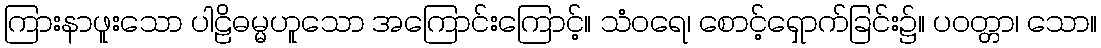
ကြားနာဖူးသော ပါဠိဓမ္မဟူသော အကြောင်းကြောင့်။ သံဝရေ၊ စောင့်ရှောက်ခြင်း၌။ ပဝတ္တာ၊ သော။